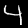
Digit: 4